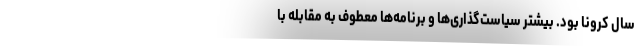
سال کرونا بود. بیشتر سیاست‌‌گذاری‌ها و برنامه‌ها معطوف به مقابله با